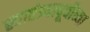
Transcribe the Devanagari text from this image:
स्वातंत्र्यापूर्वीच्या